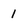
Character: 1